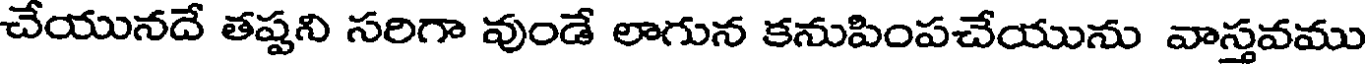
చేయునదే తష్టని సరిగా వుండే లాగున కనుపింపచేయును వాస్తవము